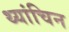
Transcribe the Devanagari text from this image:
थ्यांचिन